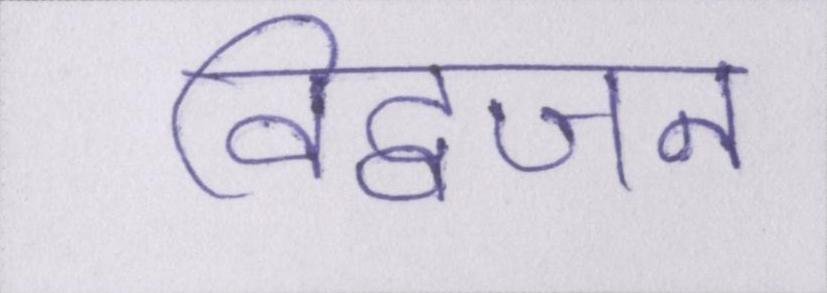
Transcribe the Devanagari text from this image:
विद्वजन